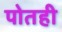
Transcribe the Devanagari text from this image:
पोतही